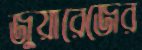
জুয়ারেজের